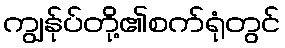
ကျွန်ုပ်တို့၏စက်ရုံတွင်